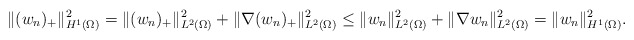
\begin{align*}\|(w_n)_+\|_{H^1(\Omega)}^2=\|(w_n)_+\|_{L^2(\Omega)}^2+\|\nabla (w_n)_+\|_{L^2(\Omega)}^2\le\|w_n\|_{L^2(\Omega)}^2+\|\nabla w_n\|_{L^2(\Omega)}^2=\|w_n\|_{H^1(\Omega)}^2.\end{align*}